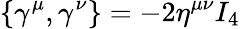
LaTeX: \{ \gamma^{\mu},\gamma^{\nu}\} =-2\eta^{\mu\nu}I_{4}